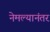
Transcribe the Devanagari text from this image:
नेमल्यानंतर